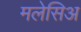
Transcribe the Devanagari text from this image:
मलेसिअ